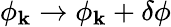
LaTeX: \phi_{\mathbf{k}}\rightarrow\phi_{\mathbf{k}}+\delta\phi